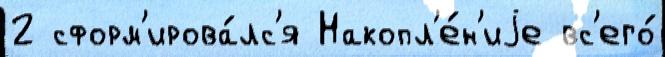
2 сформ'ирова́лс'я Накопл'е́н'иjе вс'его́